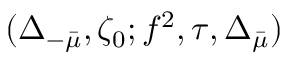
( \Delta _ { - \bar { \mu } } , \zeta _ { 0 } ; f ^ { 2 } , \tau , \Delta _ { \bar { \mu } } )